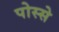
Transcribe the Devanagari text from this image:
पोस्से